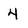
Character: 4